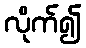
လိုက်၍